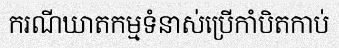
ករណីឃាតកម្មទំនាស់ប្រើកាំបិតកាប់